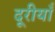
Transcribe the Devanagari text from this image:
दूरीयाँ